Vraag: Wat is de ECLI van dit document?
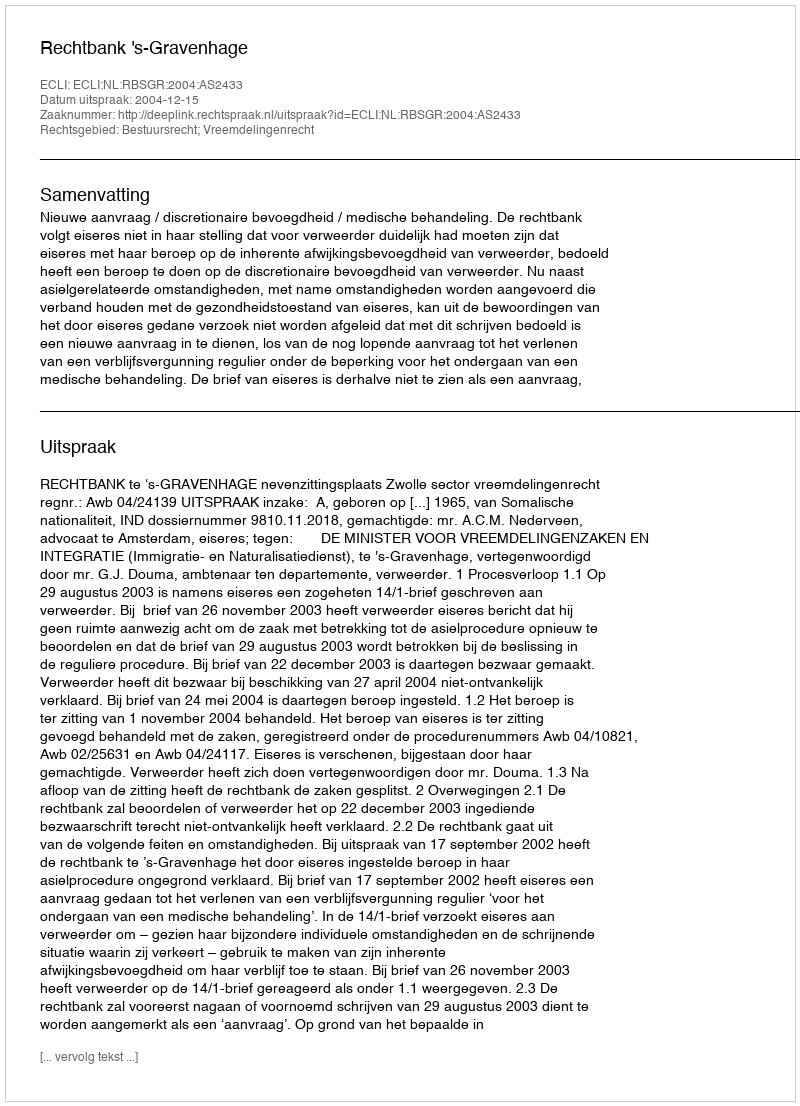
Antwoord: ECLI:NL:RBSGR:2004:AS2433